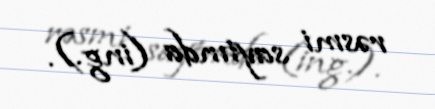
rəsmi saytında (ing.).